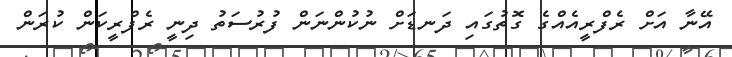
އޭނާ އަށް ރެފްރީއެއްގެ ގޮތުގައި ދަނޑަށް ނުކުންނަން ފުރުސަތު ދިނީ ރެފްރީކަން ކުރަން